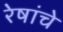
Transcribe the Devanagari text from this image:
रेषांचे